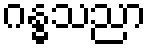
ဂန္ဓသညာ